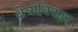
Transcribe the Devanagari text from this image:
क्षेत्रोंधिकार